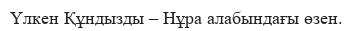
Үлкен Құндызды – Нұра алабындағы өзен.